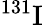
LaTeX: ^{131}\mathrm{I}